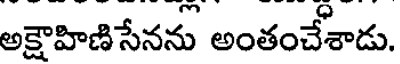
అక్షాహిణిసేనను అంతంచేశాడు.